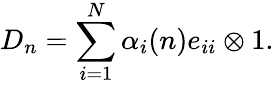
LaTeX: D_{n}=\sum_{i=1}^{N}\alpha_{i}(n)e_{ii}\otimes 1.